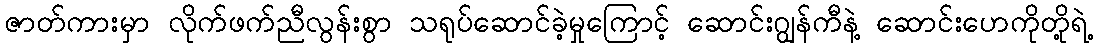
ဇာတ်ကားမှာ လိုက်ဖက်ညီလွန်းစွာ သရုပ်ဆောင်ခဲ့မှုကြောင့် ဆောင်းဂျွန်ကီနဲ့ ဆောင်းဟေကိုတို့ရဲ့